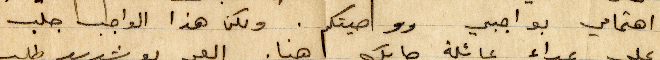
اهتمامي بواجبي ووصيتكم. ولكن هذا الواجب جلب